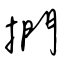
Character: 捫